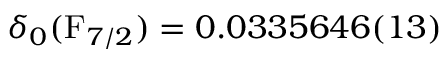
\delta _ { 0 } ( \mathrm { F } _ { 7 / 2 } ) = 0 . 0 3 3 5 6 4 6 ( 1 3 )